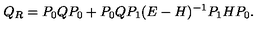
Q _ { R } = P _ { 0 } Q P _ { 0 } + P _ { 0 } Q P _ { 1 } ( E - H ) ^ { - 1 } P _ { 1 } H P _ { 0 } .